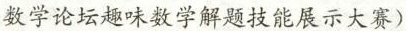
数学论坛趣味数学解题技能展示大赛)